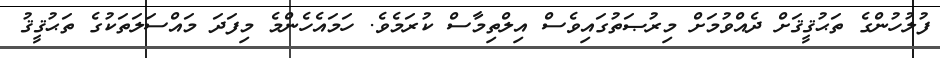
ފުލުހުންގެ ތަޙުޤީޤަށް ދެއްވުމަށް މިރުޞަތުގައިވެސް އިލްތިމާސް ކުރަމެވެ. ހަމައެހެންމެ މިފަދަ މައްސަލަތަކުގެ ތަޙުޤީޤު